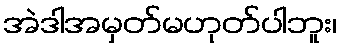
အဲဒါအမှတ်မဟုတ်ပါဘူး၊